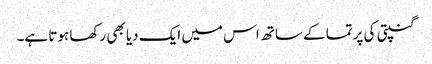
گنپتی کی پرتما کے ساتھ اس میں ایک دیا بھی رکھا ہوتا ہے۔